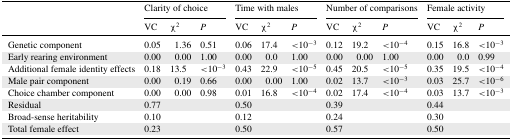
|  | <COLSPAN=3> Clarity of choice | <COLSPAN=3> Time with males | <COLSPAN=3> Number of comparisons | <COLSPAN=3> Female activity |
 |  | VC | χ2 | P | VC | χ2 | P | VC | χ2 | P | VC | χ2 | P |
 | --- | --- | --- | --- | --- | --- | --- | --- | --- | --- | --- | --- | --- |
 | Genetic component | 0.05 | 1.36 | 0.51 | 0.06 | 17.4 | <10−3 | 0.12 | 19.2 | <10−4 | 0.15 | 16.8 | <10−3 |
 | Early rearing environment | 0.00 | 0.00 | 1.00 | 0.00 | 0.0 | 1.00 | 0.00 | 0.00 | 1.00 | 0.00 | 0.0 | 0.99 |
 | Additional female identity effects | 0.18 | 13.5 | <10−3 | 0.43 | 22.9 | <10−5 | 0.45 | 20.5 | <10−5 | 0.35 | 19.5 | <10−4 |
 | Male pair component | 0.00 | 0.19 | 0.66 | 0.00 | 0.00 | 1.00 | 0.02 | 13.7 | <10−3 | 0.03 | 25.7 | <10−6 |
 | Choice chamber component | 0.00 | 0.00 | 0.98 | 0.01 | 16.8 | <10−4 | 0.02 | 17.4 | <10−4 | 0.03 | 13.7 | <10−3 |
 | Residual | 0.77 |  |  | 0.50 |  |  | 0.39 |  |  | 0.44 |  |  |
 | Broad-sense heritability | 0.10 |  |  | 0.12 |  |  | 0.24 |  |  | 0.30 |  |  |
 | Total female effect | 0.23 |  |  | 0.50 |  |  | 0.57 |  |  | 0.50 |  |  |